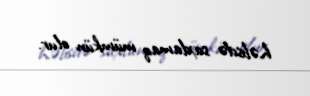
həbsdə saxlamaq mümkün olur.